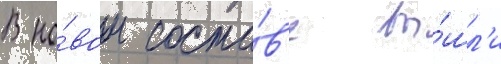
В но́вом соста́в'е вы́шл'и